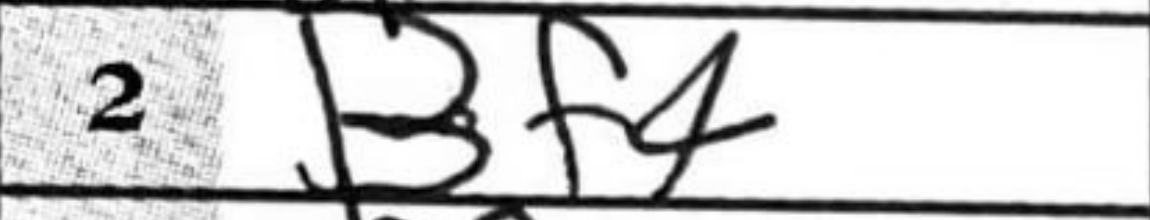
Transcription: Bf4